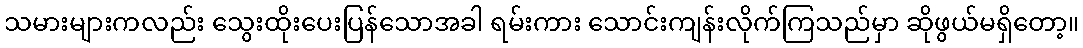
သမားများကလည်း သွေးထိုးပေးပြန်သောအခါ ရမ်းကား သောင်းကျန်းလိုက်ကြသည်မှာ ဆိုဖွယ်မရှိတော့။